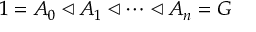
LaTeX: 1 = A _ { 0 } \triangleleft A _ { 1 } \triangleleft \cdots \triangleleft A _ { n } = G